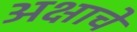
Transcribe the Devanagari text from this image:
अक्षाचे